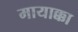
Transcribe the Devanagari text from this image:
मायाक्का